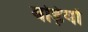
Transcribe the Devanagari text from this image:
बड़ियों